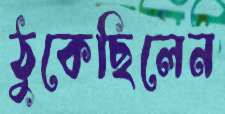
ঠুকেছিলেন